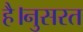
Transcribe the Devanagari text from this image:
है।नुसरत